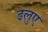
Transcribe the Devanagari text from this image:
ढलुए